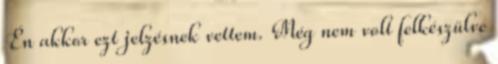
Én akkor ezt jelzésnek vettem. Még nem volt felkészülve